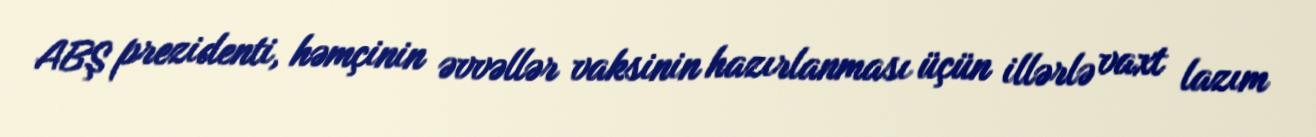
ABŞ prezidenti, həmçinin əvvəllər vaksinin hazırlanması üçün illərlə vaxt lazım